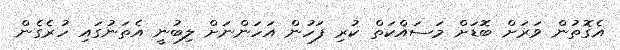
އެގޮތުން ވަރަށް ބޮޑަށް މަސައްކަތް ކުރި ފަހުން އަހަންނަށް ލިބުނީ އެތަނުގައި ހުރެގެން